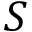
S